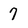
Character: 7